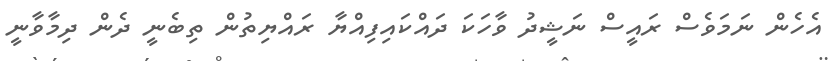
އެހެން ނަމަވެސް ރައީސް ނަޝީދު ވާހަކަ ދައްކައިފިއްޔާ ރައްޔިތުން ތިބެނީ ދެން ދިމާވާނީ